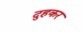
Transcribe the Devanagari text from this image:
दुहकर